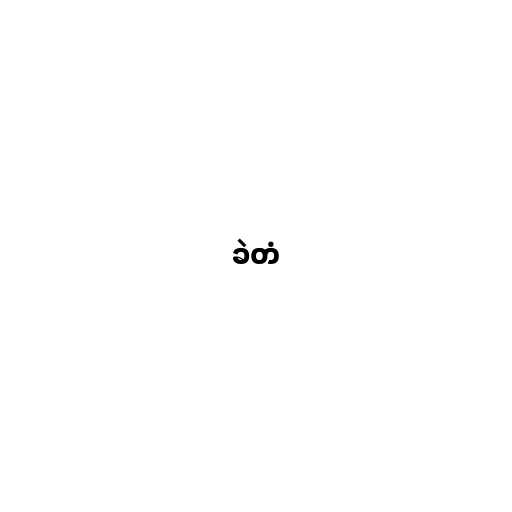
ခဲတံ